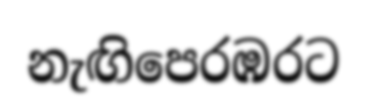
නැඟිපෙරඹරට